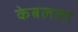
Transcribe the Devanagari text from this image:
केबलला